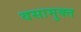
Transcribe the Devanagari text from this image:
वसामुक्त